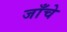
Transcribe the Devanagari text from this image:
जाँचे